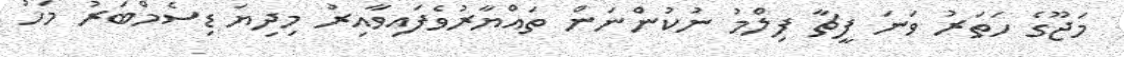
މަޖޫގެ ހަތަރު ވަނަ ފީޗާ ފިލްމު ނުކުންނަން ތައްޔާރުވެފައިވާއިރު މިދިޔަ ޑިސެމްބަރު މަހު